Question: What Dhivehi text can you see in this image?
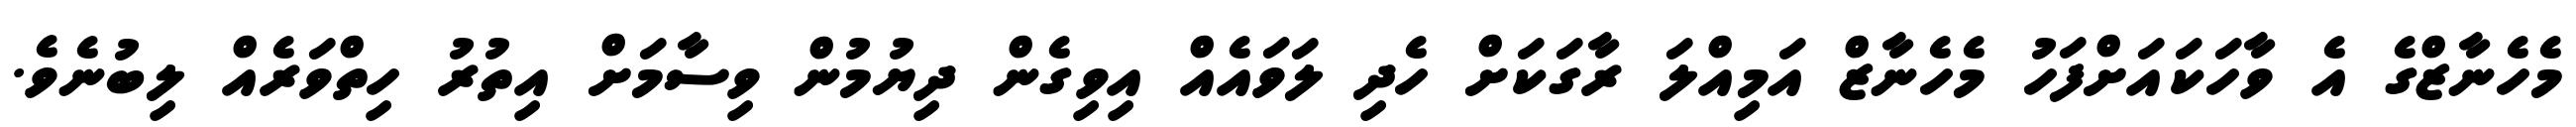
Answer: މެހެނާޒްގެ އެ ވާހަކައަށްފަހު މެހެނާޒް އަމިއްލަ ރާގަކަށް ހެދި ލަވައެއް އިވިގެން ދިޔުމުން ވިސާމަށް އިތުރު ހިތްވަރެއް ލިބުނެވެ.